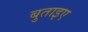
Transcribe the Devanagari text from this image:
बुताइए